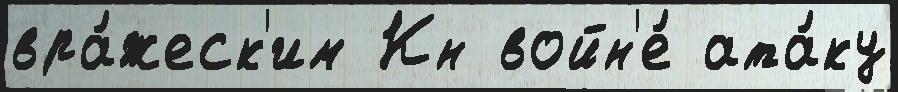
вра́жеск'им Кн войн'е́ ата́ку